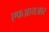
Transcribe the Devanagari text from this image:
एफआयआर